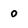
Character: 0